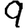
Digit: 9